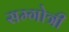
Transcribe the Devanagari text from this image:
सम्गोत्री